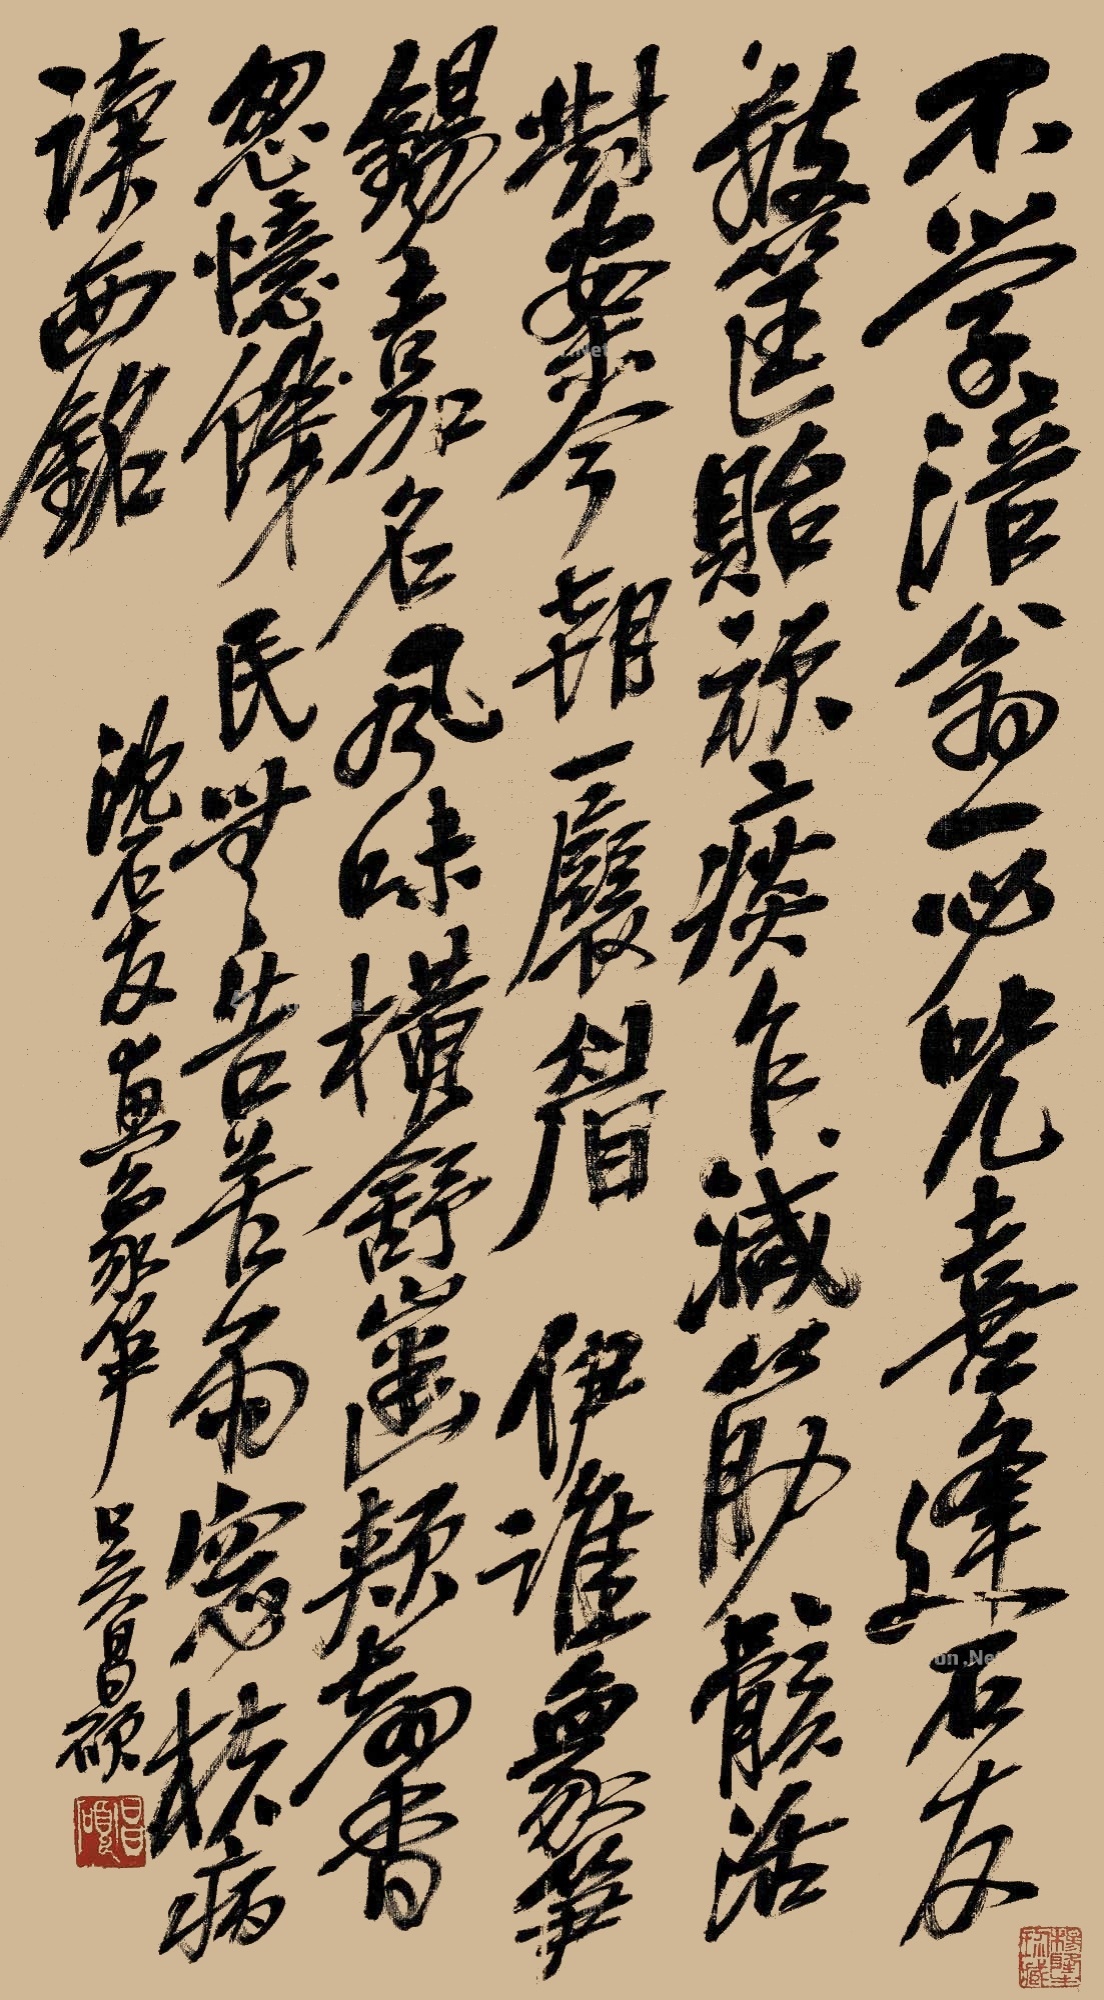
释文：不学涪翁一必咒，喜逢石友数筐贻。顽痰乍减筋骸活，对案今朝一展眉。伊谁象笋锡嘉名，风味横舒齿颊馨。忽忆饥民无告苦，雨窗扶病读西铭。沈石友画象笋，吴昌硕。